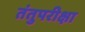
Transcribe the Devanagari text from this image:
तंतुपरीक्षा